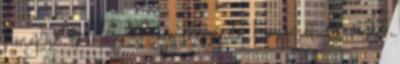
hónapja #1 Írta: Pasa elegendő, ha ismét sós vízbe